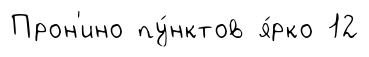
Прон'ино пу́нктов я́рко 12